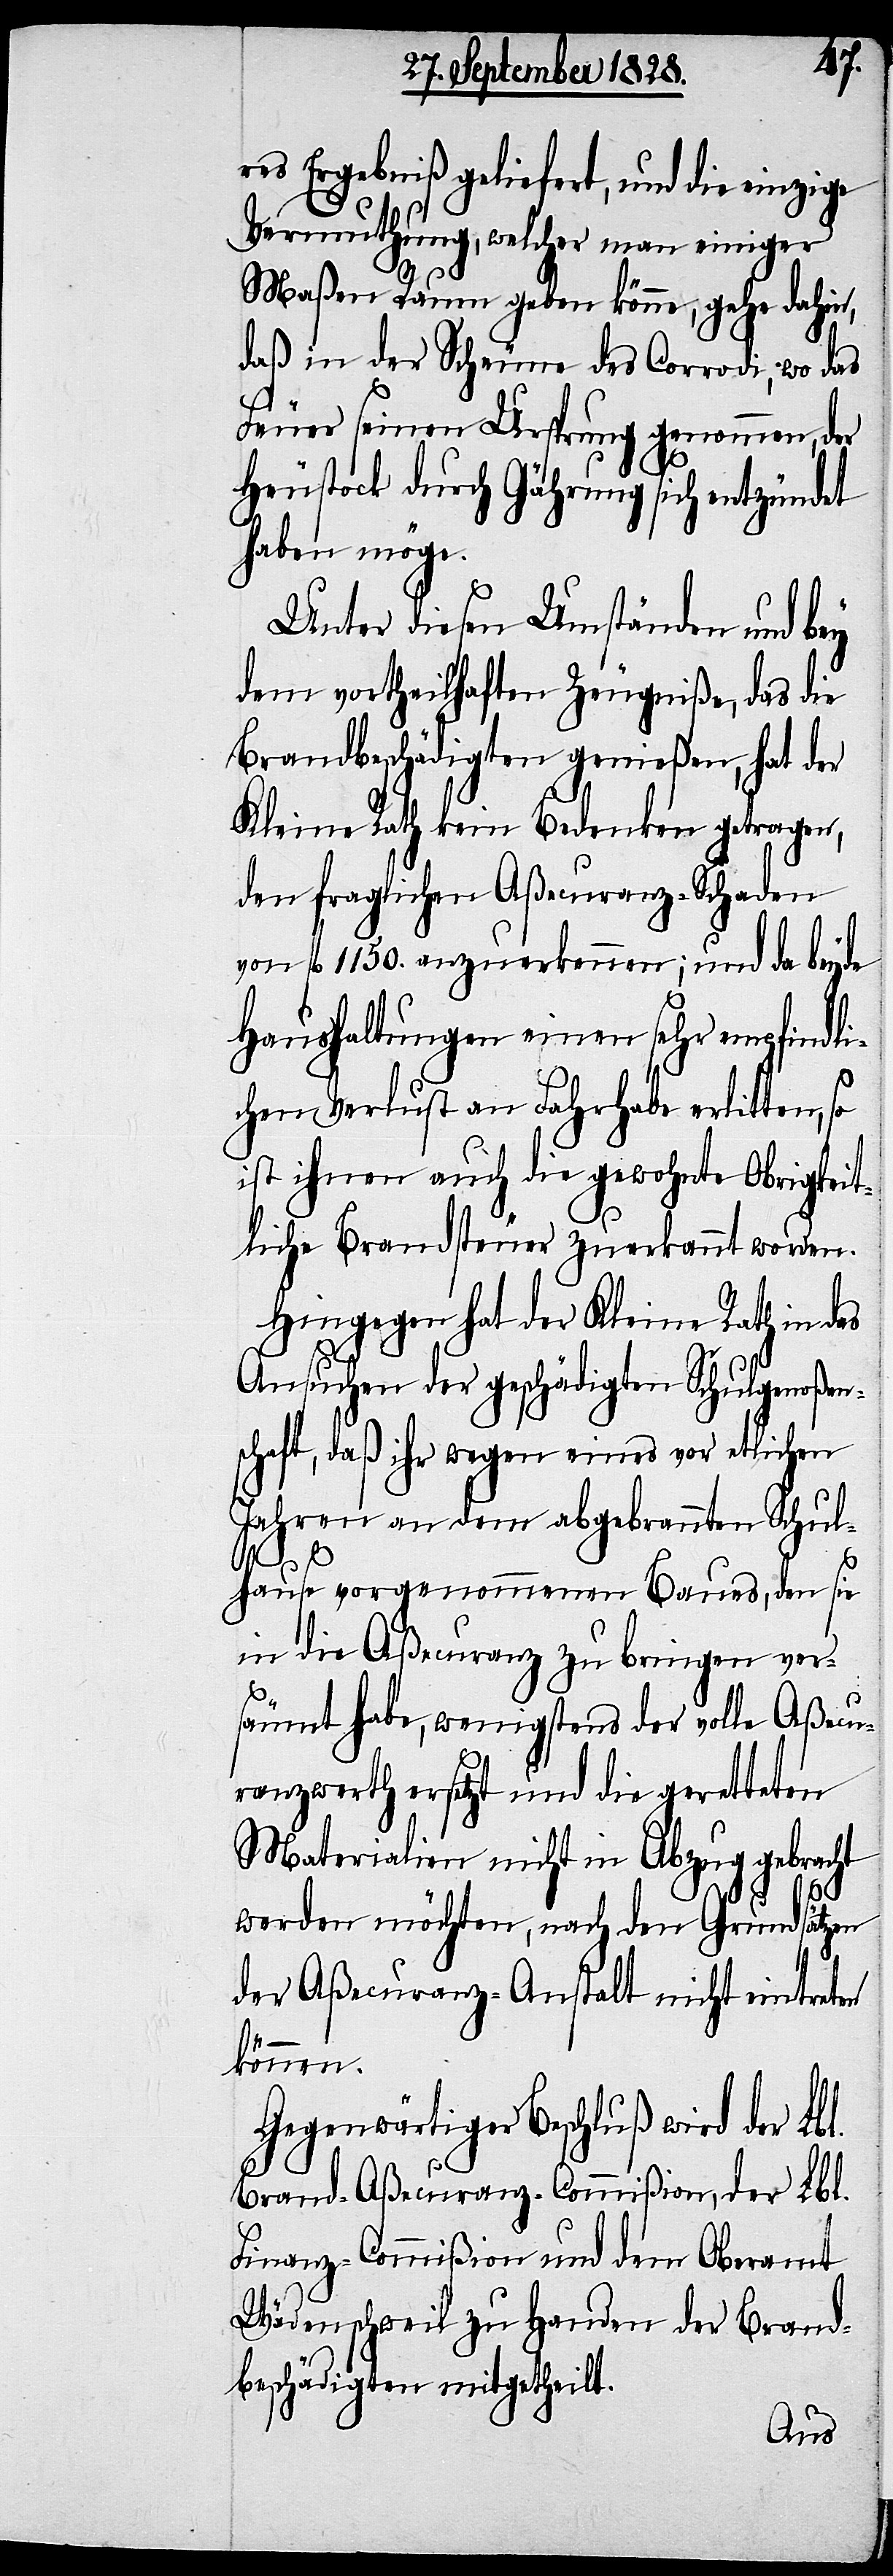
res Ergebniß geliefert, und die einzige
Vermuthung, welcher man einiger
Maßen Raum geben könne, gehe dahin,
daß in der Scheune des Corrodi, wo das
Feuer seinen Ursprung genommen, der
Heustock durch Gährung sich entzündet
haben möge.
Unter diesen Umständen und bey
dem vortheilhaften Zeugniße, das die
Brandbeschädigten genießen, hat der
Kleine Rath kein Bedenken getragen,
den fraglichen Aßecuranz-Schaden
von fl. 1150. anzuerkennen; und da beyde
Haushaltungen einen sehr empfindli¬
chen Verlust an Fahrhabe erlitten, so
ist ihnen auch die gewohnte Obrigkeit¬
liche Brandsteuer zuerkannt worden.
Hingegen hat der Kleine Rath in das
Ansuchen der geschädigten Schulgenoßen¬
schaft, daß ihr wegen eines vor etlichen
Jahren an dem abgebrannten Schul¬
hause vorgenommenen Baues, den sie
in der Aßecuranz zu bringen ver¬
säumt habe, wenigstens der volle Aßecu¬
ranzwerth ersetzt und die geretteten
Materialen nicht in Abzug gebracht
werden möchten, nach den Grundsätzen
der Aßecuranz-Anstalt nicht eintreten
können.
Gegenwärtiger Beschluß wird der Lbl.
Brand-Aßecuranz-Commißion, der Lbl.
Finanz-Commißion und dem Oberamt
Wädenschweil zu Handen der Brand¬
beschädigten mitgetheilt.